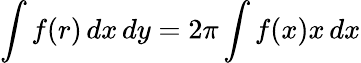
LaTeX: \int f(r)\, dx\, dy=2\pi\int f(x)x\, dx